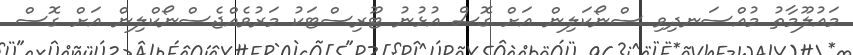
މައުލޫމާތު މުއްސަނދިވި ސްނޯކަލިން އަށް ގޮސް އުޅުނު ޓޫރިސްޓަކު މަރުވެއްޖެސްނޯކްލިން އަށް ގޮސް